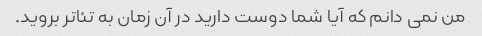
من نمی دانم که آیا شما دوست دارید در آن زمان به تئاتر بروید.